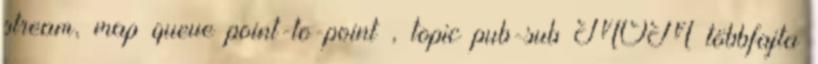
stream, map queue point-to-point , topic pub-sub MOM többfajta